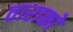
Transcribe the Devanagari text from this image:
ताराको